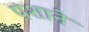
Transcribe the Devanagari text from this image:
पशाने